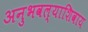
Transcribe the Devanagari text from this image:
अनुभवल्याशिवाय